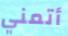
أتمني